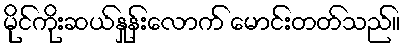
မိုင်ကိုးဆယ်နှုန်းလောက် မောင်းတတ်သည်။